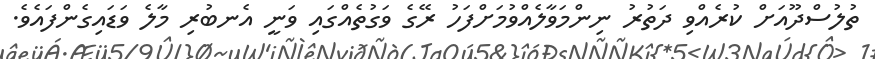
ތުލުސްދޫއަށް ކުރެއްވި ދަތުރު ނިންމަވާލެއްވުމަށްފަހު ރޭގެ ވަގުތެއްގައި ވަނީ އެނބުރި މާލެ ވަޑައިގެންފައެވެ.